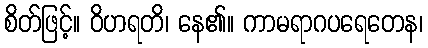
စိတ်ဖြင့်။ ဝိဟရတိ၊ နေ၏။ ကာမရာဂပရေတေန၊